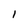
Character: l